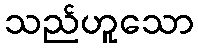
သည်ဟူသော